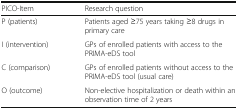
| PICO-Item | Research question |
 | --- | --- |
 | P (patients) | Patients aged ≥75 years taking ≥8 drugs in primary care |
 | I (intervention) | GPs of enrolled patients with access to the PRIMA-eDS tool |
 | C (comparison) | GPs of enrolled patients without access to the PRIMA-eDS tool (usual care) |
 | O (outcome) | Non-elective hospitalization or death within an observation time of 2 years |